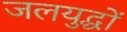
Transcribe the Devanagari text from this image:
जलयुद्धों